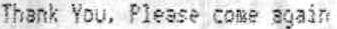
THANK YOU, PLEASE COME AGAIN